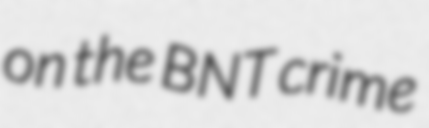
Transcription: on the BNT crime